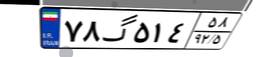
۷۸گ۵۱۴۵۸